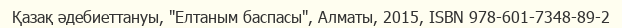
Қазақ әдебиеттануы, "Елтаным баспасы", Алматы, 2015, ISBN 978-601-7348-89-2